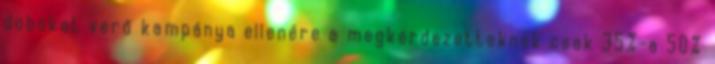
dobokat verő kampánya ellenére a megkérdezetteknek csak 35%-a 50%